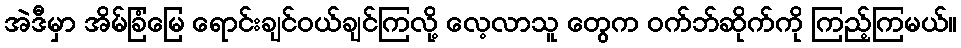
အဲဒီမှာ အိမ်ခြံမြေ ရောင်းချင်ဝယ်ချင်ကြလို့ လေ့လာသူ တွေက ဝက်ဘ်ဆိုက်ကို ကြည့်ကြမယ်။